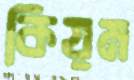
কিয়ম